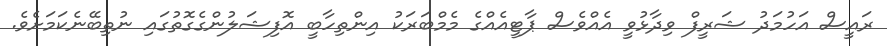
ރައީސް އަހުމަދު ޝަރީފް ވިދާޅުވީ އެއްވެސް ޕާޓީއެއްގެ މެމްބަރަކު އިންތިހާބީ އޮފިޝަލުންގެގޮތުގައި ނުތިބޭނެކަމަށެވެ.